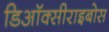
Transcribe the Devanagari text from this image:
डिऑक्सीराइबोस